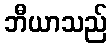
ဘီယာသည်